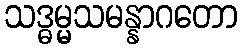
သဒ္ဓမ္မသမန္နာဂတော